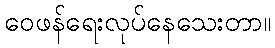
ဝေဖန်ရေးလုပ်နေသေးတာ။